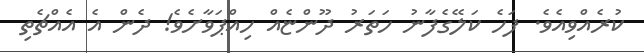
ކުރެއްވިއެވެ. ފަހެ ކަލޭގެފާނު ހަތަރު ދޫންޏެއް ހިއްޕަވާށެވެ! ދެން އެ އެއްޗެތި